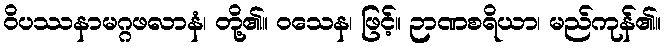
ဝိပဿနာမဂ္ဂဖလာနံ၊ တို့၏။ ဝသေန၊ ဖြင့်။ ဉာဏစရိယာ၊ မည်ကုန်၏။